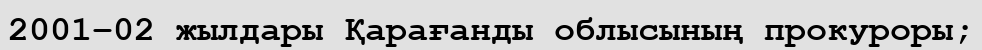
2001–02 жылдары Қарағанды облысының прокуроры;